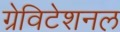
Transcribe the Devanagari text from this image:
ग्रेविटेशनल